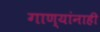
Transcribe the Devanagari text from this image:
गाण्यांनाही